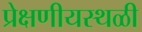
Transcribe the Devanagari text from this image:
प्रेक्षणीयस्थळी